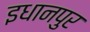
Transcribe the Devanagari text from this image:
इधानपुर